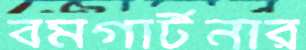
বমগার্টনার